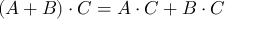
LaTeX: ( A + B ) \cdot C = A \cdot C + B \cdot C